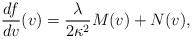
LaTeX: \begin{align*} \frac{df}{dv}(v)=\frac{\lambda}{2\kappa^2}M(v)+N(v),\end{align*}